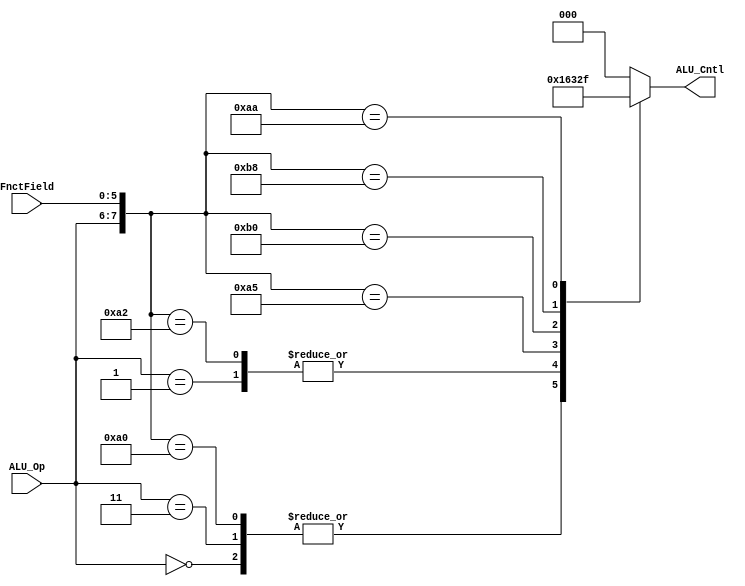
//ALu control
module ALU_Cntrl(
	input [1:0] ALU_Op,
	input [5:0] FnctField,
	output [2:0] ALU_Cntl
 );
 
 localparam LOAD_WORD  	= 8'b00_XXXXXX,
				STORE_WORD 	= 8'b00_XXXXXX,
				BRANCH_EQ	= 8'b01_XXXXXX,
				ADD			= 8'b10_100000,
				SUBTRACT		= 8'b10_100010,
				AND			= 8'b10_100100,
				OR				= 8'b10_100101,
				SRL			= 8'b10_110000,
				SLL			= 8'b10_111000,
				ADDI			= 8'b11_XXXXXX,
				XOR			= 8'b10_101010;
reg [2:0]ALU_Cntrl_reg;
wire [7:0] cat_Cntrl = {ALU_Op, FnctField};
 always@(cat_Cntrl) begin
	casex(cat_Cntrl)
//		LOAD_WORD: begin
//			ALU_Cntrl_reg = 3'b010;
//		end
		STORE_WORD: begin
			ALU_Cntrl_reg = 3'b010;
		end
		BRANCH_EQ: begin
			ALU_Cntrl_reg = 3'b110;
		end
		ADDI:
		begin
			ALU_Cntrl_reg = 3'b010;
		end
		ADD: 
		begin
			ALU_Cntrl_reg = 3'b010;
		end
		SUBTRACT:begin
			ALU_Cntrl_reg = 3'b110;
		end
		AND:begin
			ALU_Cntrl_reg = 3'b000;
		end
		OR: begin
			ALU_Cntrl_reg = 3'b001;
		end
		SRL: begin
			ALU_Cntrl_reg = 3'b100;
		end
		SLL: begin
			ALU_Cntrl_reg = 3'b101;
		end
		XOR:begin
			ALU_Cntrl_reg = 3'b111;
		end
		default: begin
			ALU_Cntrl_reg = 3'b000;
		end
	endcase
 end
 assign ALU_Cntl = ALU_Cntrl_reg;

endmodule //ALU_Cntrl